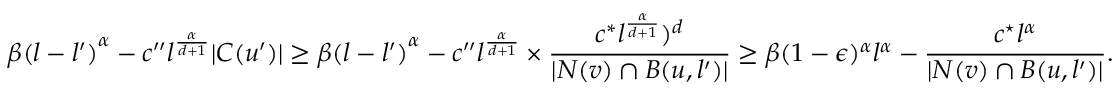
\beta { ( l - l ^ { \prime } ) } ^ { \alpha } - c ^ { \prime \prime } l ^ { \frac { \alpha } { d + 1 } } | C ( u ^ { \prime } ) | \geq \beta { ( l - l ^ { \prime } ) } ^ { \alpha } - c ^ { \prime \prime } l ^ { \frac { \alpha } { d + 1 } } \times \frac { c ^ { * } l ^ { \frac { \alpha } { d + 1 } } ) ^ { d } } { | N ( v ) \cap B ( u , l ^ { \prime } ) | } \geq \beta ( 1 - \epsilon ) ^ { \alpha } l ^ { \alpha } - \frac { c ^ { \star } l ^ { \alpha } } { | N ( v ) \cap B ( u , l ^ { \prime } ) | } .